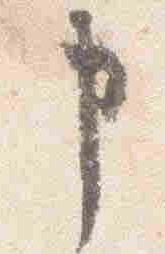
申